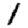
Digit: 1